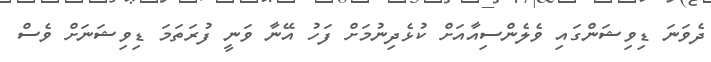
ދެވަނަ ޑިވިޝަންގައި ވެލެންސިއާއަށް ކުޅެދިނުމަށް ފަހު އޭނާ ވަނީ ފުރަތަމަ ޑިވިޝަނަށް ވެސް